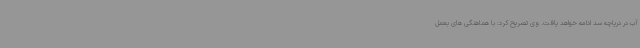
آب در دریاچه سد ادامه خواهد یافت. وی تصریح کرد: با هماهنگی‌ های بعمل